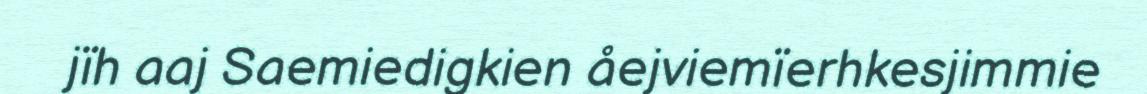
jïh aaj Saemiedigkien åejviemïerhkesjimmie